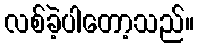
လစ်ခဲ့ပါတော့သည်။